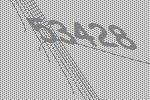
53428